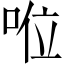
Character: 𠴖